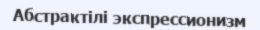
Абстрактілі экспрессионизм